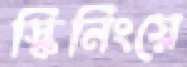
স্কিনিংয়ে